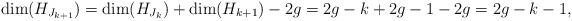
LaTeX: \begin{align*}\mathrm{dim}(H_{J_{k+1}})=\mathrm{dim}(H_{J_{k}})+\mathrm{dim}(H_{k+1})-2g=2g-k+2g-1-2g=2g-k-1,\end{align*}